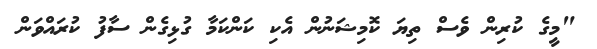
"މީގެ ކުރިން ވެސް ތިޔަ ކޮމިޝަނުން އެކި ކަންކަމާ ގުޅިގެން ސާފު ކުރައްވަން